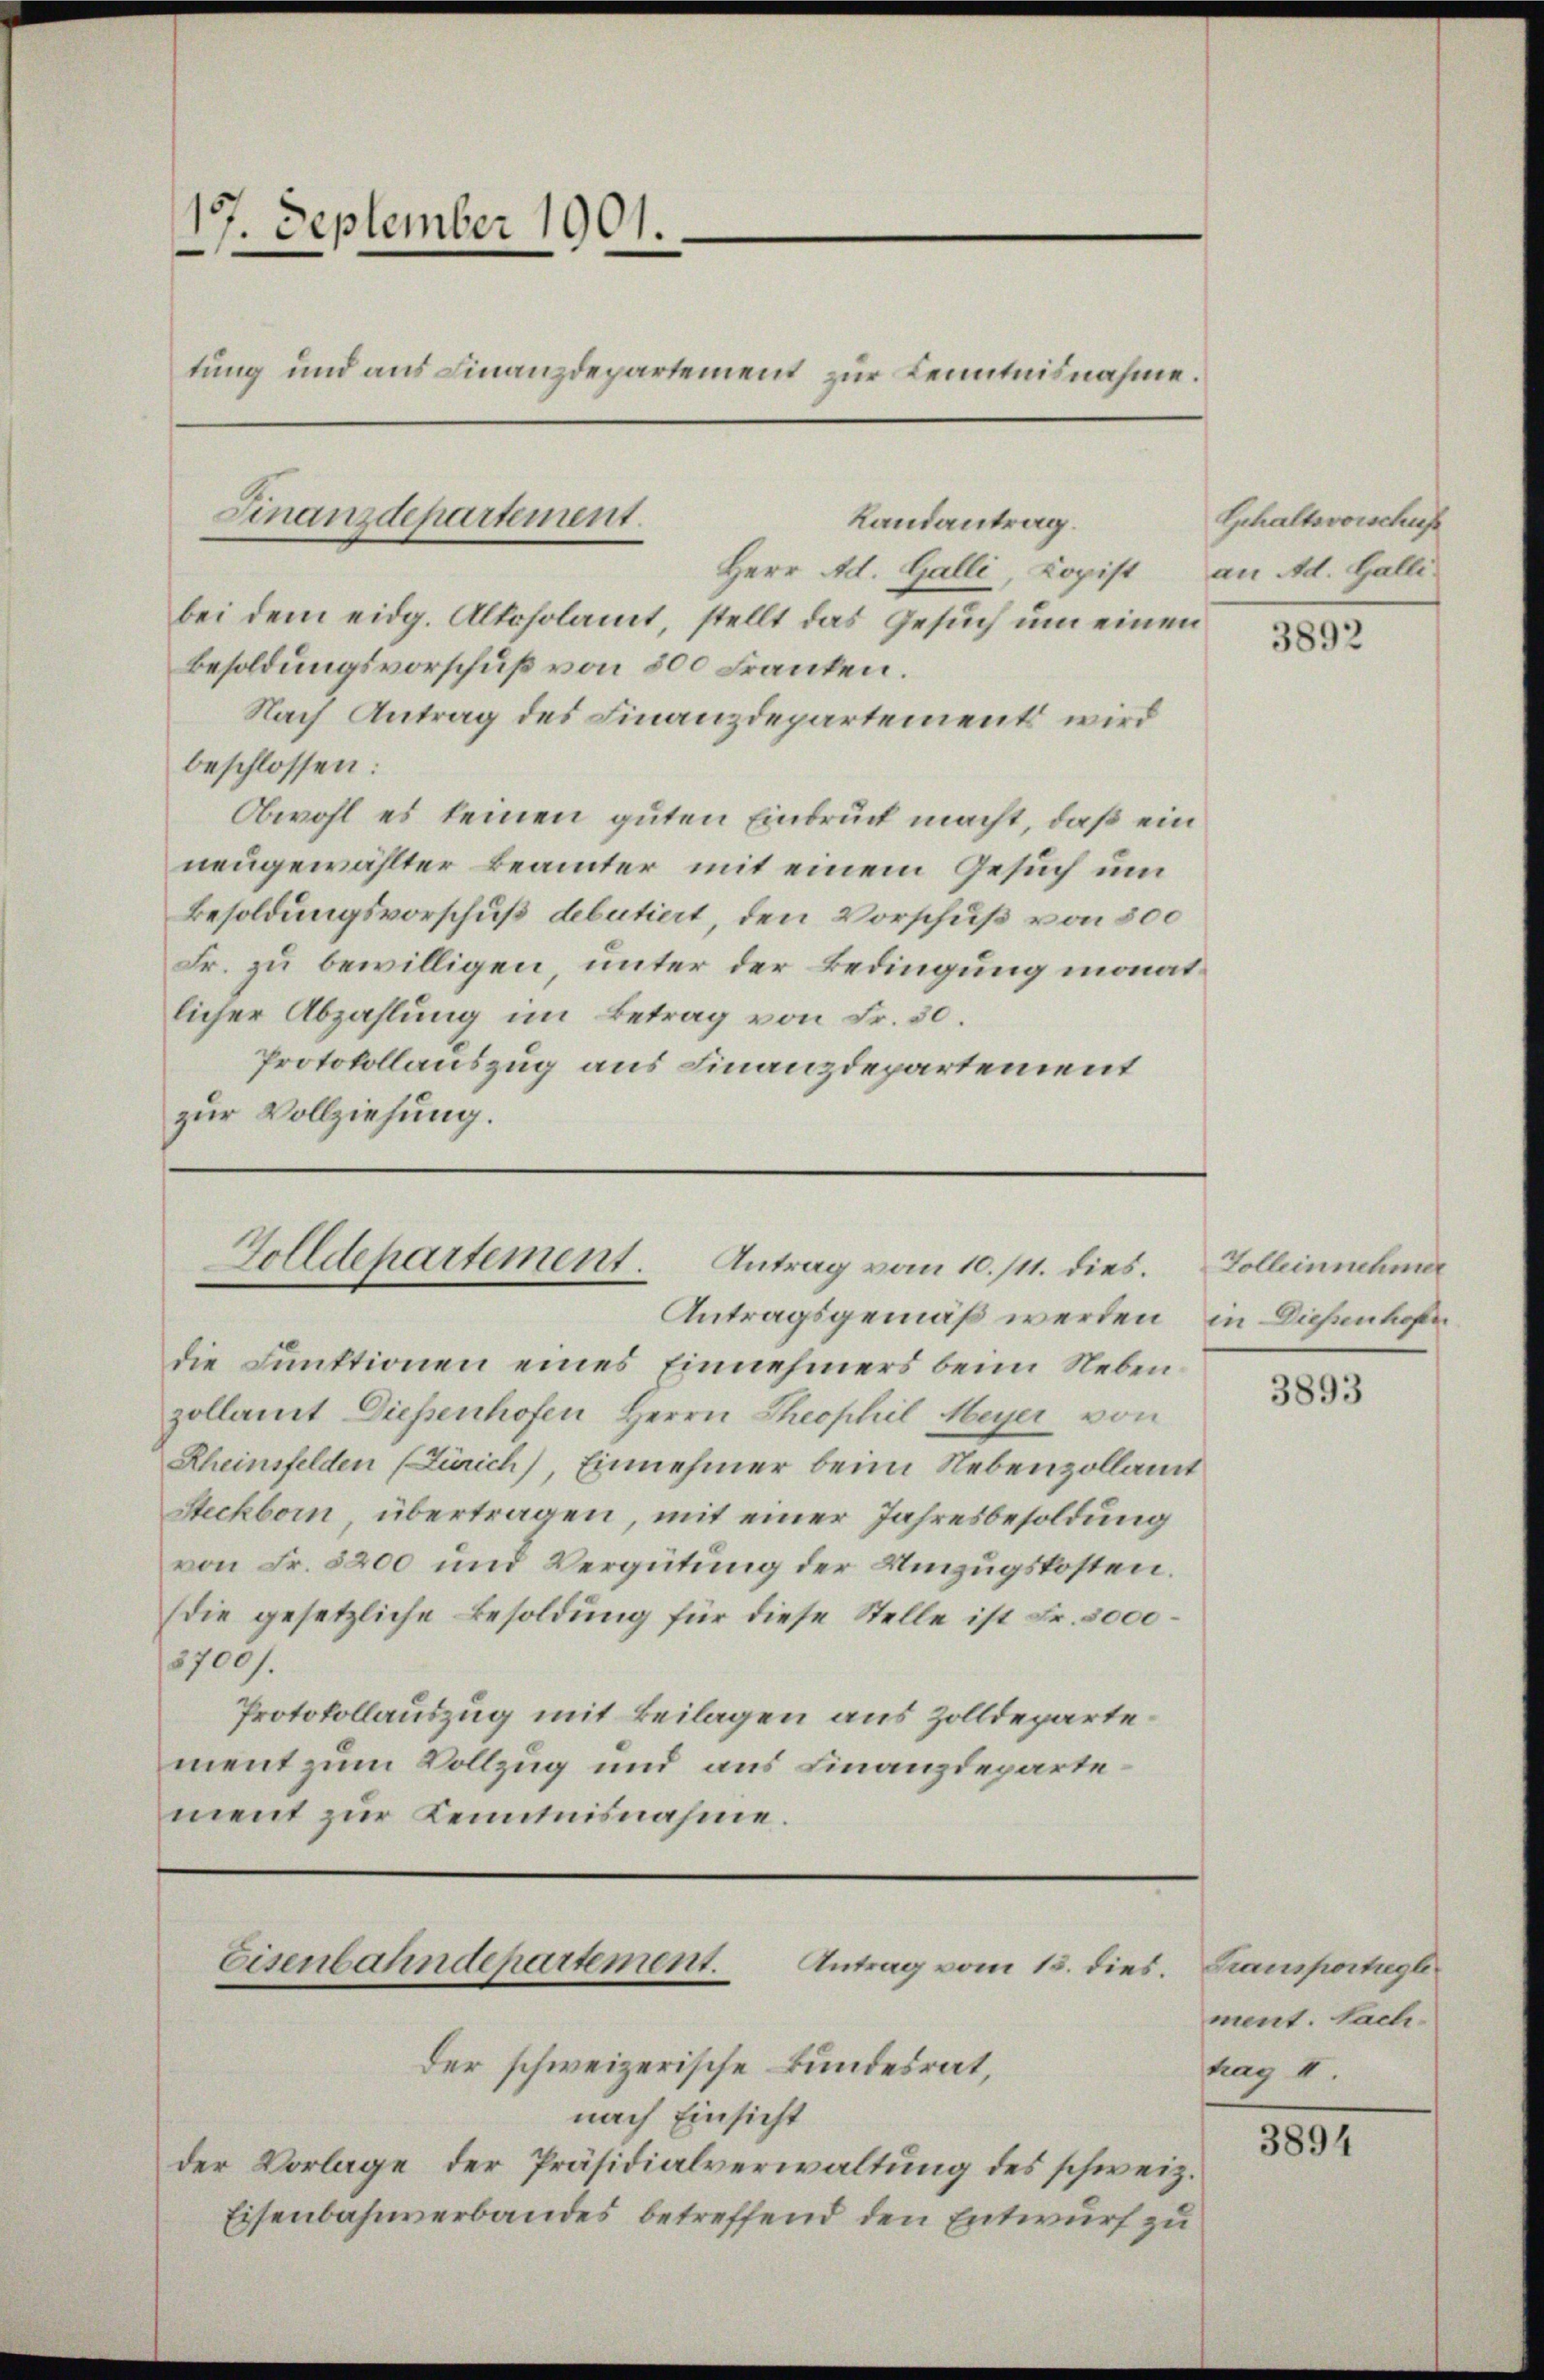
17. September 1901.
tung und aus Finanzdepartement zur Kenntnisnahme.

Finanzdepartement.
Landantrag.
Herr Ad. Galli, Copist an Ad. Galli

bei dem eidg. Altoholamt, stellt das Gesuch um einen
Besoldungsvorschuß von 800 Franken.
Nach Antrag des Finanzdepartements wird
beschlossen:
Obwohl es keinen guten Eindruck macht, daß ein
neugewählter Beamter mit einem Gesuch um
Besoldungsvorschuß debutiert, den Vorschuß von 500
Fr. zu bewilligen, unter der Bedingung monat
licher Abzahlung im Betrag von Fr. 30.
Protokollauszug aus Finanzdepartement
zur Vollziehung.

Golldepartement. Antrag vom 10./11. dies¬

die Funktionen eines Einnehmers beim Nebenzollamt Diesenhofen Herrn Theophil Meyer von
Rheinsfelden (Zürich), Einnehmer beim Nebenzollamt
Steckborn übertragen, mit einer Jahresbesoldung
von Fr. 5200 und Vergütung der Umzugskosten.
(die gesetzliche Besoldung für diese Stelle ist Fr. 3000
3700).
Protokollauszug mit Beilagen aus Zolldepartement zum Vollzug und aus Finanzdeparte
ment zur Kenntnisnahme.

Antragsgemäß werden

Eisenbahndepartement. Antrag vom 15. dies.

der schweizerische Bundesrat,
nach Einsicht
der Vorlage der Präsidialverwaltung des schweiz.
Eisenbahnverbandes betreffend den Entwurf zu

Schaltsvorschaf

3892

Golleinnehmer
in Diesenhofe

3893

Transportigte
ment. Sachtrag II.

3894